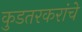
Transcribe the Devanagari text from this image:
कुडतरकरांचे